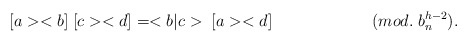
\begin{align*}[a><b] \; [c><d] = <b|c> \; [a><d]\hspace{1in}(mod. \; b^{h-2}_n){}.\end{align*}